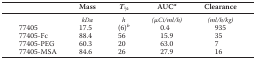
<table><thead><tr><td></td><td><b>Mass</b></td><td><b><i>T</i>1⁄2</b></td><td><b>AUC<i><sup>a</sup></i></b></td><td><b>Clearance</b></td></tr></thead><tbody><tr><td></td><td><i>kDa</i></td><td><i>h</i></td><td><i>(</i>μ<i>Ci/ml/h)</i></td><td><i>(ml/h/kg)</i></td></tr><tr><td>77405</td><td>17.5</td><td>(6)<i><sup>b</sup></i></td><td>0.4</td><td>935</td></tr><tr><td>77405-Fc</td><td>88.4</td><td>56</td><td>15.9</td><td>35</td></tr><tr><td>77405-PEG</td><td>60.3</td><td>20</td><td>63.0</td><td>7</td></tr><tr><td>77405-MSA</td><td>84.6</td><td>26</td><td>27.9</td><td>16</td></tr></tbody></table>